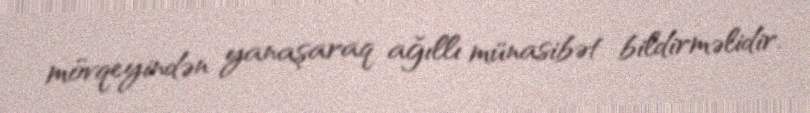
mövqeyindən yanaşaraq ağıllı münasibət bildirməlidir.